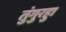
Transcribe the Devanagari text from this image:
तुंगुरहुा